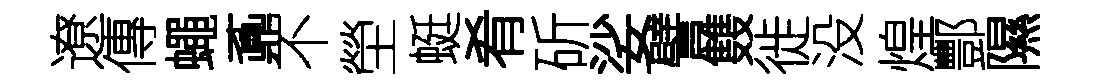
遼傳蠅鼒不塋蜓肴斫娑譬䨇徙没煌酆隰